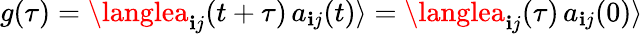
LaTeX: g(\tau)=\langlea_{\mathbf{i}j}(t+\tau)\, a_{\mathbf{i}j}(t)\rangle=\langlea_{\mathbf{i}j}(\tau)\, a_{\mathbf{i}j}(0)\rangle